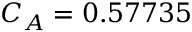
C _ { A } = 0 . 5 7 7 3 5